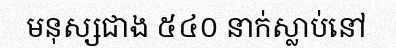
មនុស្សជាង ៥៤០ នាក់ស្លាប់នៅ